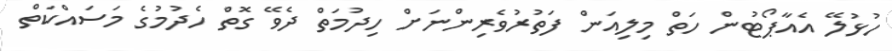
ހުޅުލޭ އެއާޕޯޓުން ހަތް މިލިއަން ފަތުރުވެރިންނަށް ހިދުމަތް ދެވޭ ގޮތް ހެދުމުގެ މަސައްކަތް